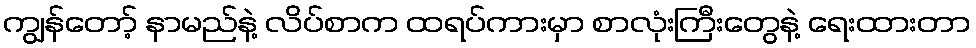
ကျွန်တော့် နာမည်နဲ့ လိပ်စာက ထရပ်ကားမှာ စာလုံးကြီးတွေနဲ့ ရေးထားတာ